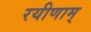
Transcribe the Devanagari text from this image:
रयीणाम्